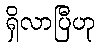
ရှိလာပြီဟု